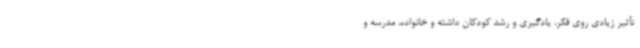
تأثیر زیادی روی فکر، یادگیری و رشد کودکان داشته و خانواده، مدرسه و